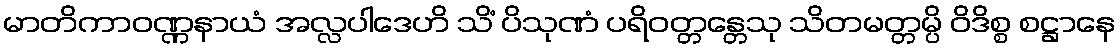
မာတိကာဝဏ္ဏနာယံ အလ္လပါဒေဟိ သိံ ပိသုဏံ ပရိဝတ္တန္တေသု သိတမတ္တမ္ပိ ဝိဒိစ္စ စဋ္ဌာနေ